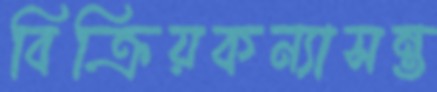
বিক্রিয়কন্যাসন্ত